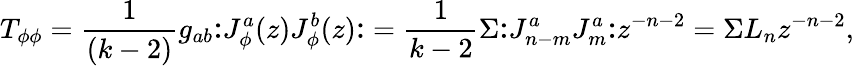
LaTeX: T_{\phi\phi}=\frac{1}{(k-2)}g_{ab}{\large:}J_{\phi}^{a}(z)J_{\phi}^{b}(z){\large:}=\frac{1}{k-2}\Sigma{\large:}J_{n-m}^{a}J_{m}^{a}{\large:}z^{-n-2}=\Sigma L_{n}z^{-n-2},